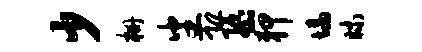
少栅番恐隳狎墙昧